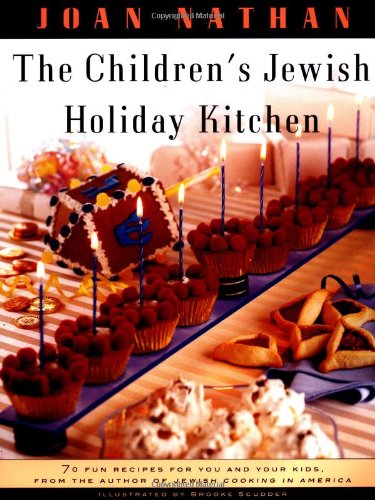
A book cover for The Children's Jewish Holiday Kitchen: 70 Fun Recipes for You and Your Kids, from the Author of Jewish Cooking in America; Joan Nathan; Cookbooks, Food & Wine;